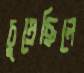
চুম্‌রেছিলে